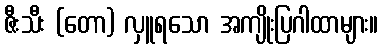
ဇီးသီး (တော) လှူရသော အကျိုးပြဂါထာများ။